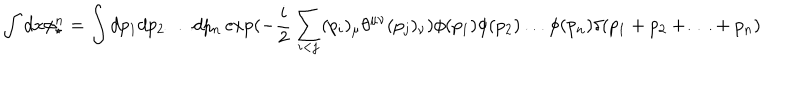
LaTeX: \int d x \phi _ { \star } ^ { n } = \int d p _ { 1 } d p _ { 2 } \ldots d p _ { n } \exp ( - \frac { i } { 2 } \sum _ { i < j } ( p _ { i } ) _ { \mu } \theta ^ { \mu \nu } ( p _ { j } ) _ { \nu } ) \phi ( p _ { 1 } ) \phi ( p _ { 2 } ) \ldots \phi ( p _ { n } ) \delta ( p _ { 1 } + p _ { 2 } + \ldots + p _ { n } )